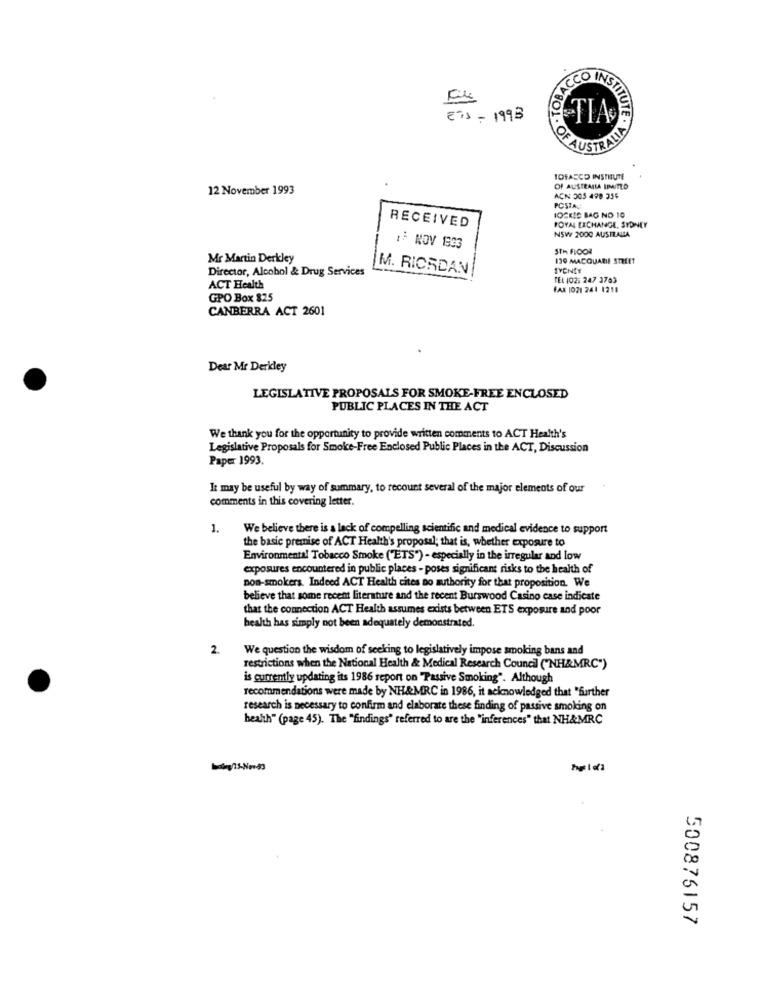
PACCO INSTITU
E71 - 1993
TIA
ESTITUTE . VIT
OF A
TOBACCO INSTITUTE
12 November 1993
OF AUSTRALIA IMITLO
ACN 305 498 354
POSTA
IO2KIS BAG NO 10
RECEIVED
ROYAL EXCHANGE, SYDNEY
NSW 2000 AUSTRALIA
: NOV 1833
STH FLOOR
Mr Martin Derkley
130 MACQUARIE STREET
Director, Alcohol & Drug Services
M. RICEDAN
TEL 402: 247 3763
ACT Health
FAX 1021 241 1211
GPO Box 825
CANBERRA ACT 2601
Dear Mr Derkley
LEGISLATIVE PROPOSALS FOR SMOKE-FREE ENCLOSED
PUBLIC PLACES IN THE ACT
We thank you for the opportunity to provide written comments to ACT Health's
Legislative Proposals for Smoke-Free Enclosed Public Places in the ACT, Discussion
Paper 1993.
It may be useful by way of summary, to recount several of the major elements of our
comments in this covering letter.
1.
We believe there is a lack of compelling scientific and medical evidence to support
the basic premise of ACT Health's proposal; that is, whether exposure to
Environmental Tobacco Smoke ("ETS") - especially in the irregular and low
exposures encountered in public places - poses significant risks to the health of
non-smokers. Indeed ACT Health cites no authority for that proposition. We
believe that some recent literature and the recent Burswood Casino case indicate
that the connection ACT Health assumes exists between ETS exposure and poor
health has simply not been adequately demonstrated.
2.
We question the wisdom of seeking to legislatively impose smoking bans and
restrictions when the National Health & Medical Research Council ("NH&MRC")
is currently updating its 1986 report on "Passive Smoking". Although
recommendations were made by NH&MRC in 1986, it acknowledged that "further
research is necessary to confirm and elaborate these finding of passive smoking on
health" (page 45). The "findings" referred to are the "inferences" that NH&MRC
500875157